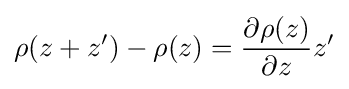
\rho (z+z')-\rho (z)={\frac {\partial \rho (z)}{\partial z}}z'